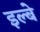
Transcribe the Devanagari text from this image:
इल्बे